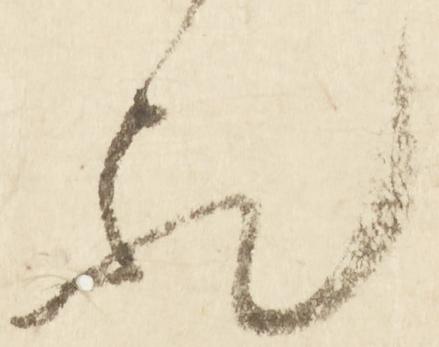
歟